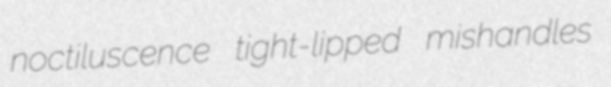
noctiluscence tight-lipped mishandles